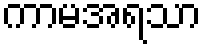
ကာမအရသာ